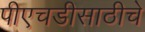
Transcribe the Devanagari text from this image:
पीएचडीसाठीचे